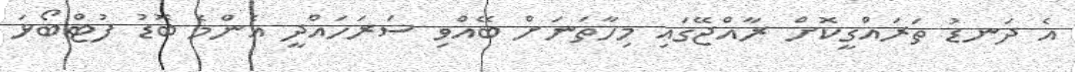
އެ ދަނޑު ތަރައްގީކޮށް ރާއްޖޭގައި މިހާތަނަށް ބޭއްވި ސަރަހައްދީ އެންމެ ބޮޑު ފުޓްބޯޅަ